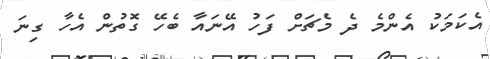
އެކަމަކު އެންމެ ދެ މެޗަށް ފަހު އޭނައާ ބެހޭ ގޮތުން އެހާ ގިނަ